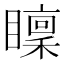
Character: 𥋶